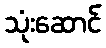
သုံးဆောင်